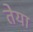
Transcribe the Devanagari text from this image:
तेया